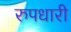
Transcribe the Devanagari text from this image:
रुपधारी